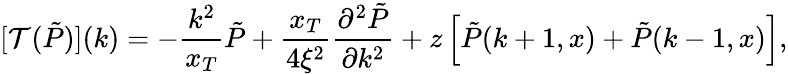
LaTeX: [\mathcal{T}(\tilde{P})](k)=-\frac{k^{2}}{x_{T}}\tilde{P}+\frac{x_{T}}{4\xi^{2}}\frac{\partial^{2}\tilde{P}}{\partial k^{2}}+z\left[\tilde{P}(k+1,x)+\tilde{P}(k-1,x)\right],